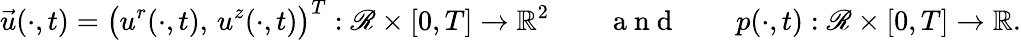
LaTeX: \vec{u}(\cdot,t)=\bigl(u^{r}(\cdot,t),\, u^{z}(\cdot,t)\bigr)^{T}:\mathscr{R}\times[0,T]\to{\mathbb R}^{2}\qquad\mathrm{~a~n~d~}\qquad p(\cdot,t):\mathscr{R}\times[0,T]\to{\mathbb R}.